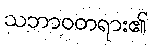
သဘာဝတရား၏